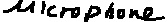
Text: microphone